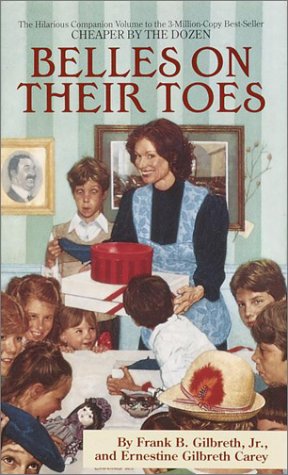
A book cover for Belles on Their Toes; Frank B. Gilbreth; Teen & Young Adult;